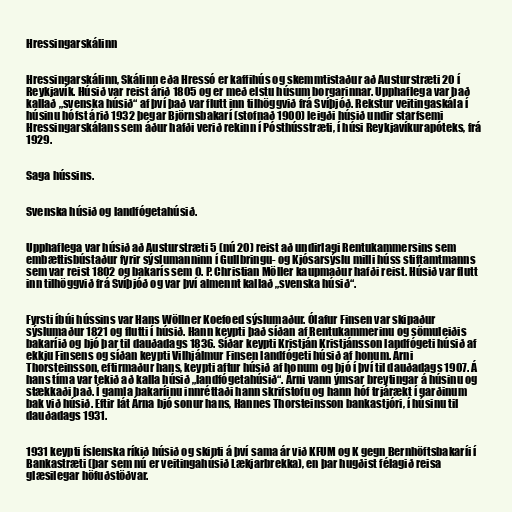
Hressingarskálinn

Hressingarskálinn, Skálinn eða Hressó er kaffihús og skemmtistaður að Austurstræti 20 í
Reykjavík. Húsið var reist árið 1805 og er með elstu húsum borgarinnar. Upphaflega var það
kallað „svenska húsið“ af því það var flutt inn tilhöggvið frá Svíþjóð. Rekstur veitingaskála í
húsinu hófst árið 1932 þegar Björnsbakarí (stofnað 1900) leigði húsið undir starfsemi
Hressingarskálans sem áður hafði verið rekinn í Pósthússtræti, í húsi Reykjavíkurapóteks, frá
1929.

Saga hússins.

Svenska húsið og landfógetahúsið.

Upphaflega var húsið að Austurstræti 5 (nú 20) reist að undirlagi Rentukammersins sem
embættisbústaður fyrir sýslumanninn í Gullbringu- og Kjósarsýslu milli húss stiftamtmanns
sem var reist 1802 og bakarís sem O. P. Christian Möller kaupmaður hafði reist. Húsið var flutt
inn tilhöggvið frá Svíþjóð og var því almennt kallað „svenska húsið“.

Fyrsti íbúi hússins var Hans Wöllner Koefoed sýslumaður. Ólafur Finsen var skipaður
sýslumaður 1821 og flutti í húsið. Hann keypti það síðan af Rentukammerinu og sömuleiðis
bakaríið og bjó þar til dauðadags 1836. Síðar keypti Kristján Kristjánsson landfógeti húsið af
ekkju Finsens og síðan keypti Vilhjálmur Finsen landfógeti húsið af honum. Árni
Thorsteinsson, eftirmaður hans, keypti aftur húsið af honum og bjó í því til dauðadags 1907. Á
hans tíma var tekið að kalla húsið „landfógetahúsið“. Árni vann ýmsar breytingar á húsinu og
stækkaði það. Í gamla bakaríinu innréttaði hann skrifstofu og hann hóf trjárækt í garðinum
bak við húsið. Eftir lát Árna bjó sonur hans, Hannes Thorsteinsson bankastjóri, í húsinu til
dauðadags 1931.

1931 keypti íslenska ríkið húsið og skipti á því sama ár við KFUM og K gegn Bernhöftsbakaríi í
Bankastræti (þar sem nú er veitingahúsið Lækjarbrekka), en þar hugðist félagið reisa
glæsilegar höfuðstöðvar.